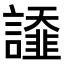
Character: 𧬩